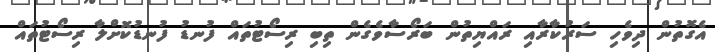
އެގޮތުން ދިވެހި ސަރުކާރާއި ރައްޔިތުން ބަރޯސާވެގެން ތިބި ރިސޯޓުތައް ފުނޑު ފުނޑުކޮށްލާ ރިސޯޓުތައް